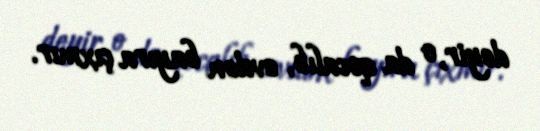
deyir, o da qocalıb, evdən bayıra çıxmır.